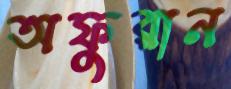
অফুরান